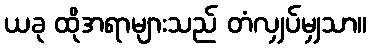
ယခု ထိုအရာများသည် တံလျှပ်မျှသာ။